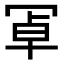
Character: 𭁸